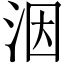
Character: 洇